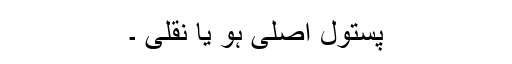
پستول اصلی ہو یا نقلی ۔